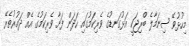
މިހުޅުވޭ ސިނަމާލެ ބްރިޖަކީ އަޅުގަނޑުގެ ވެރިކަމުގައި ހަދަން ފަށާ ވެރިކަމުގެ އެއް ދައުރުތެރޭ